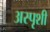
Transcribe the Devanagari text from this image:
अस्पृशी